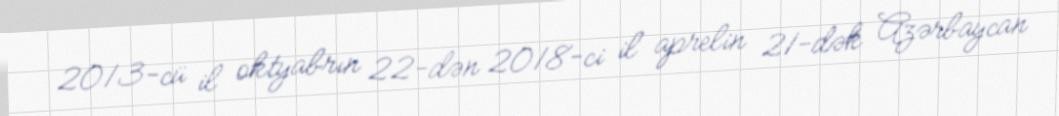
2013-cü il oktyabrın 22-dən 2018-ci il aprelin 21-dək Azərbaycan